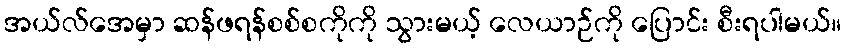
အယ်လ်အေမှာ ဆန်ဖရန်စစ်စကိုကို သွားမယ့် လေယာဉ်ကို ပြောင်း စီးရပါမယ်။